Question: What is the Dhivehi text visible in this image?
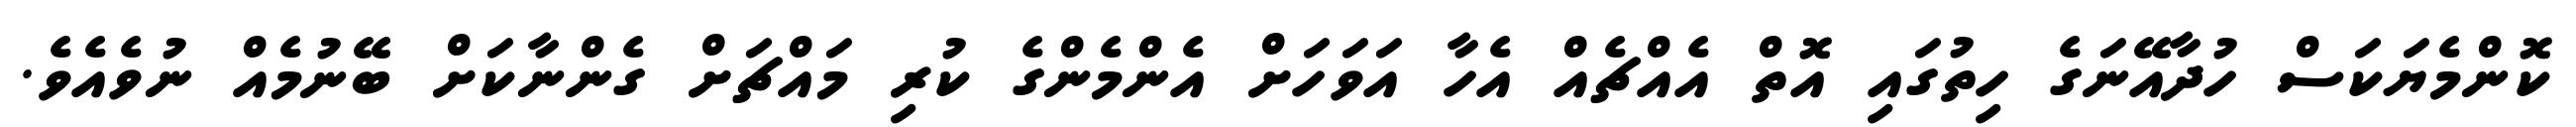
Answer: ކޮންމެޔަކަސް ހުދާއޭނަގެ ހިތުގައި އޮތް އެއްޗެއް އެހާ އަވަހަށް އެންމެންގެ ކުރި މައްޗަށް ގެންނާކަށް ބޭނުމެއް ނުވެއެވެ.